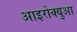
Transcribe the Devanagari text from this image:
आइरोक्युआ